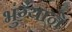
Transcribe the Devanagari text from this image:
भुंग्याने